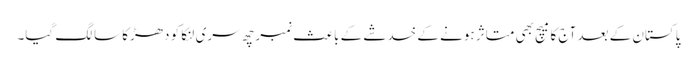
پاکستان کے بعد آج کا میچ بھی متاثر ہونے کے خدشے کے باعث نمبر چھ سری لنکا کو دھڑکا سا لگ گیا۔